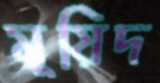
মূয়িদ